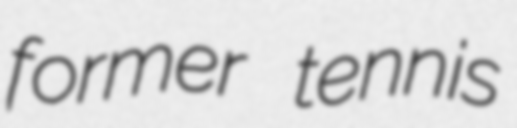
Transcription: former tennis